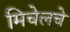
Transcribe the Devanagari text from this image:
मिचेलचे